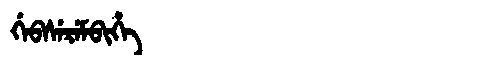
Manchu: ᡤᡝᠪᠰᡝᡵᡝᠮᠪᡳᡥᡝ
Romanization: GEBSEREMBIHE